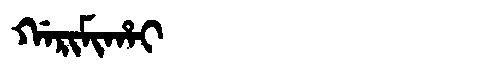
Manchu: ᡤᠠᡵᡳᠮᡳᡥᠠᡳ
Romanization: GARIMIHAI